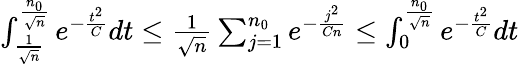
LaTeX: \begin{array}{r}{\int_{\frac{1}{\sqrt{n}}}^{\frac{n_{0}}{\sqrt{n}}}e^{-\frac{t^{2}}{C}}dt\leq\frac{1}{\sqrt{n}}\sum_{j=1}^{n_{0}}e^{-\frac{j^{2}}{Cn}}\leq\int_{0}^{\frac{n_{0}}{\sqrt{n}}}e^{-\frac{t^{2}}{C}}dt}\end{array}